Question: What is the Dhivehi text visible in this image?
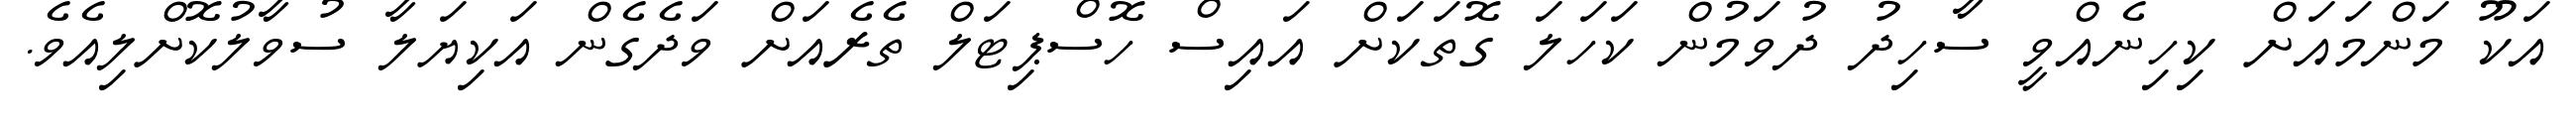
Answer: އަކޫ މަންމައަށް ކިހިނެއްވީ ސާހިދު ދުވަމުން ކަހަލަ ގޮތަކަށް އައިސް ހޮސްޕިޓަލް ތެރެއަށް ވަދެގެން އަކިޔަލާ ސުވާލުކޮށްލިއެވެ.